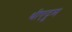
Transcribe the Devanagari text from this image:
थीएट्रुम